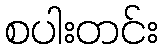
စပါးတင်း